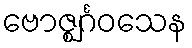
ဗောဇ္ဈင်္ဂဝသေန